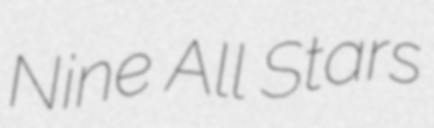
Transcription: Nine All Stars